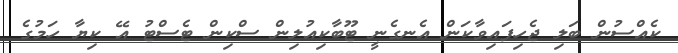
ކެއްސުން ބަލި ޖެހިފައިވާކަން އެނގެނީ ޓޫބާކިއުލިން ސްކިން ޓެސްޓު އޭ ކިޔާ ހަމުގެ